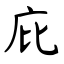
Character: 庇